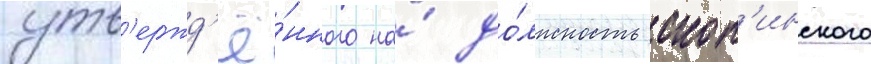
утв'ержд'ё́нного на́ до́лжность скоп'инского